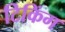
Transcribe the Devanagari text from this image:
टिकिंग